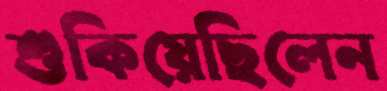
শুকিয়েছিলেন